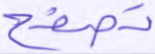
تصفح